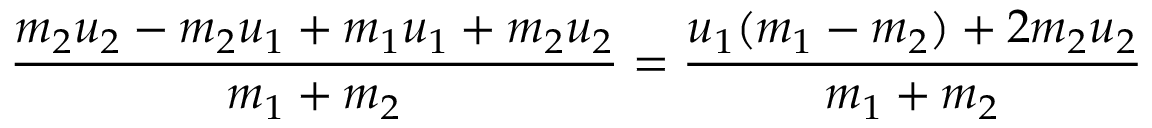
{ \frac { m _ { 2 } u _ { 2 } - m _ { 2 } u _ { 1 } + m _ { 1 } u _ { 1 } + m _ { 2 } u _ { 2 } } { m _ { 1 } + m _ { 2 } } } = { \frac { u _ { 1 } ( m _ { 1 } - m _ { 2 } ) + 2 m _ { 2 } u _ { 2 } } { m _ { 1 } + m _ { 2 } } }